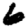
Digit: 6